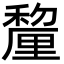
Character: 𮃱